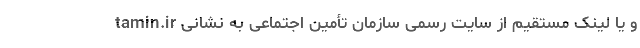
tamin.ir و یا لینک مستقیم از سایت رسمی سازمان تأمین اجتماعی به نشانی